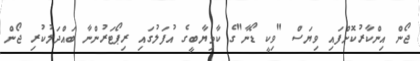
ޖޯން އިންކާރުކޮށްފައި ވިޔަސް "ވިކީ ޑޯނާ"ގެ ކާމިޔާބީގެ އުފަލުގައި ރިޕޯޓަރުންނާ ބައްދަލުކުރި ޖޯން